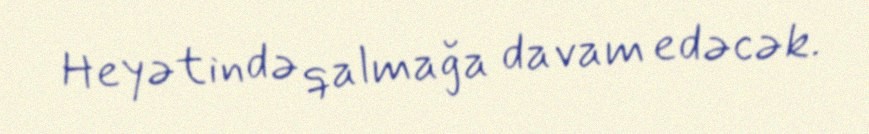
Heyətində qalmağa davam edəcək.